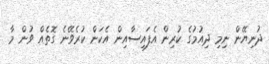
ދުނިޔޭން ނިމި ދިއުމުގެ ކުރިން އެފައިސާއިން އެކަން ކުރެވޭނެ ގޮތެއް ވުން މާ